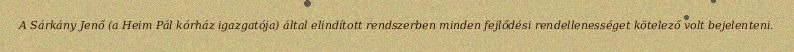
A Sárkány Jenő (a Heim Pál kórház igazgatója) által elindított rendszerben minden fejlődési rendellenességet kötelező volt bejelenteni.